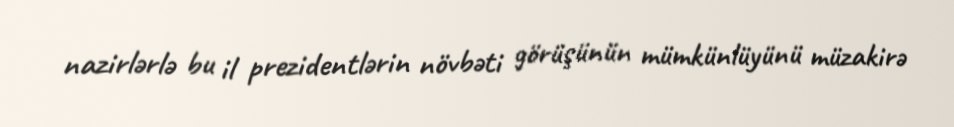
nazirlərlə bu il prezidentlərin növbəti görüşünün mümkünlüyünü müzakirə